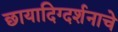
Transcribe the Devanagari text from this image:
छायादिग्दर्शनाचे